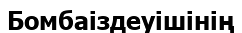
Бомбаіздеуішінің